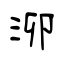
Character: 泖